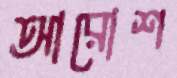
আরোশ